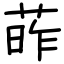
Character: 葃